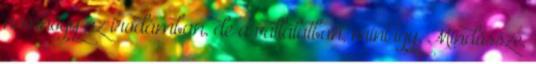
nemhogy az irodámban, de a vállalatban, mint így. Mindössze,